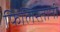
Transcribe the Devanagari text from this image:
फिलिस्तानी